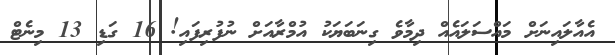
އެއާލައިނަށް މައްސަލައެއް ދިމާވެ ގިނަބަޔަކު އުމްރާއަށް ނުފުރިފައި! 16 ގަޑި 13 މިނެޓް